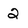
Character: 2